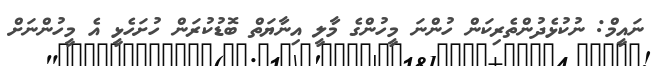
ނައީމް: ނުކުޅެދުންތެރިކަން ހުންނަ މީހުންގެ މާލީ އިނާޔަތް ބޮޑުކުރަން ހުށަހެޅީ އެ މީހުންނަށް